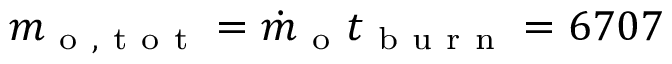
m _ { \mathrm { ~ o ~ , ~ t ~ o ~ t ~ } } = \dot { m } _ { \mathrm { ~ o ~ } } t _ { \mathrm { ~ b ~ u ~ r ~ n ~ } } = 6 7 0 7